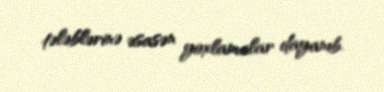
tələblərinə əsasən yoxlamalar dayanıb.